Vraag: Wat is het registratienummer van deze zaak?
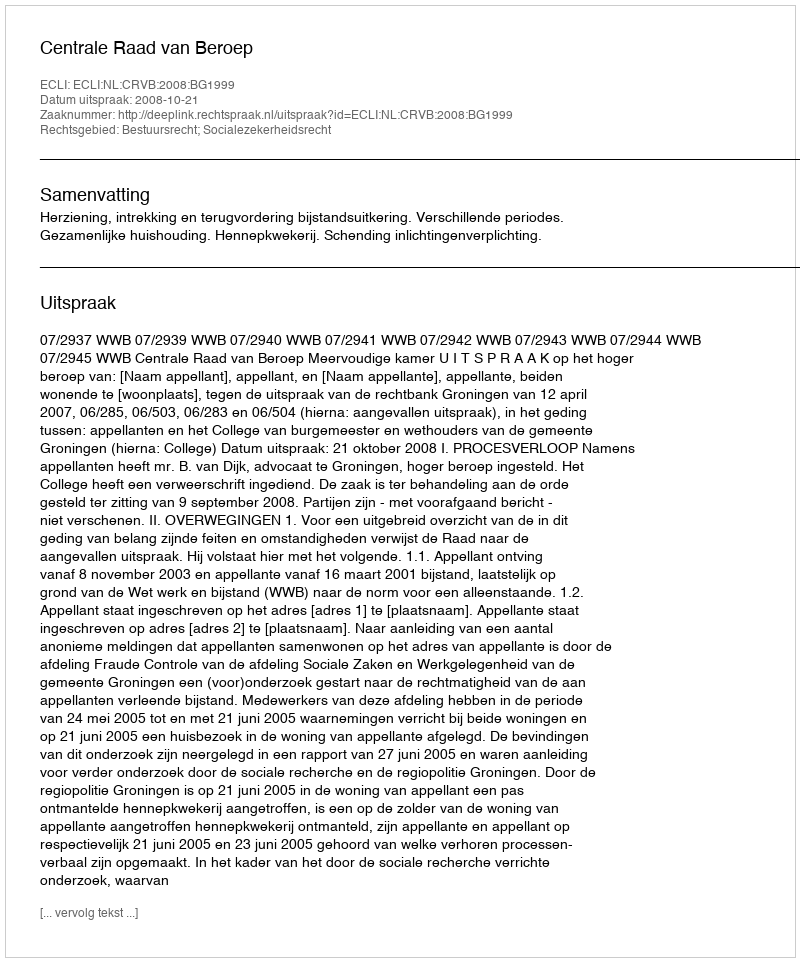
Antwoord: http://deeplink.rechtspraak.nl/uitspraak?id=ECLI:NL:CRVB:2008:BG1999